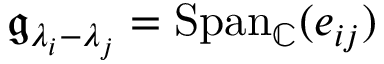
{ \mathfrak { g } } _ { \lambda _ { i } - \lambda _ { j } } = { \mathrm { S p a n } } _ { \mathbb { C } } ( e _ { i j } )